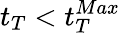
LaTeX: t_{T}<t_{T}^{Max}